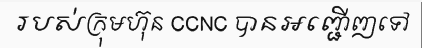
របស់ក្រុមហ៊ុន CCNC បានអញ្ជើញទៅ